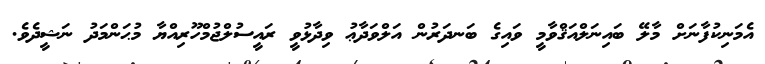
އެމަނިކުފާނަށް މާލޭ ބައިނަލްއަޤްވާމީ ވައިގެ ބަނދަރުން އަލްވަދާޢު ވިދާޅުވީ ރައީސުލްޖުމްހޫރިއްޔާ މުޙަންމަދު ނަޝީދެވެ.